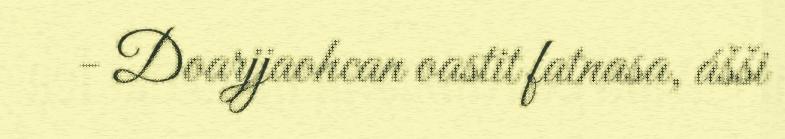
- Doarjjaohcan oastit fatnasa, ášši